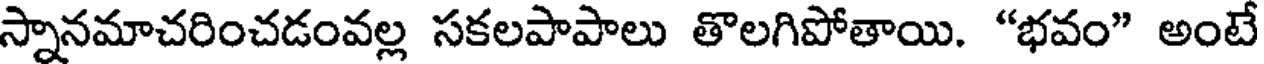
స్నానమాచరించడంవల్ల సకలపాపాలు తొలగిపోతాయి. "భవం" అంటే